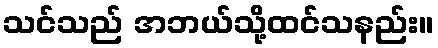
သင်သည် အဘယ်သို့ထင်သနည်း။